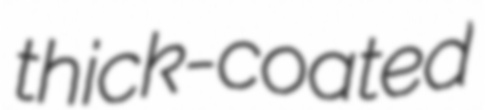
thick-coated